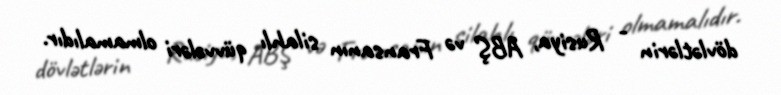
dövlətlərin - Rusiya, ABŞ və Fransanın silahlı qüvvələri olmamalıdır.